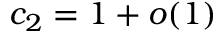
c _ { 2 } = 1 + o ( 1 )